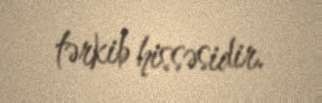
tərkib hissəsidir.